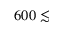
6 0 0 \lesssim